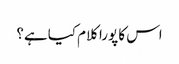
اس کا پورا کلام کیا ہے؟